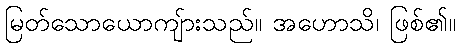
မြတ်သောယောကျ်ားသည်။ အဟောသိ၊ ဖြစ်၏။